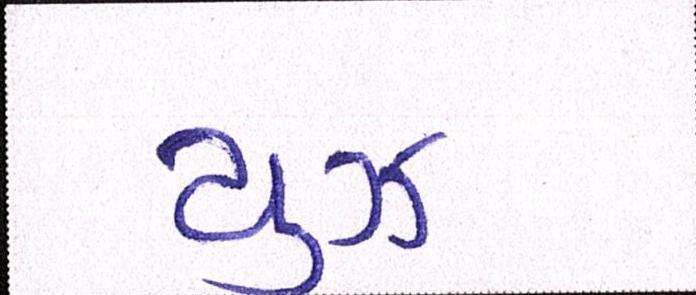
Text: યુઝ